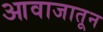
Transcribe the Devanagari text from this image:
आवाजातून